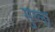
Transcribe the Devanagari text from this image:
मुग्ला